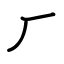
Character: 厂